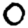
Digit: 0